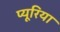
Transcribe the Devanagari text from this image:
प्यूरिया